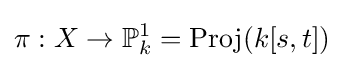
\pi :X\to \mathbb {P} _{k}^{1}=\operatorname {Proj} (k[s,t])